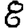
Digit: 8